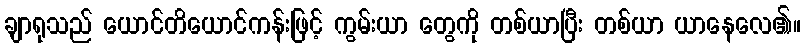
ချာရုသည် ယောင်တိယောင်ကန်းဖြင့် ကွမ်းယာ တွေကို တစ်ယာပြီး တစ်ယာ ယာနေလေ၏။